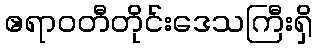
ဧရာဝတီတိုင်းဒေသကြီးရှိ